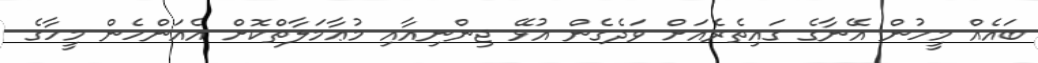
ބައެއް މީހުން އޭނާގެ ގައިތެރެއަށް ވަދެގެން އުޅޭ ޖިންނިއާއި މުޢާމަލާތްކޮށް އެއަންހެން މީހާގެ